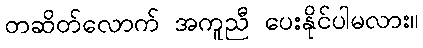
တဆိတ်လောက် အကူညီ ပေးနိုင်ပါမလား။